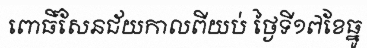
ពោធិ៍សែនជ័យកាលពីយប់ ថ្ងៃទី១៧ខែធ្នូ